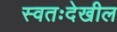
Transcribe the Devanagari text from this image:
स्वतःदेखील